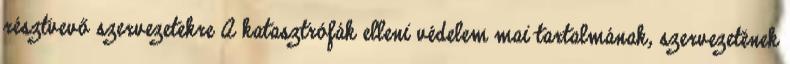
résztvevő szervezetekre A katasztrófák elleni védelem mai tartalmának, szervezetének